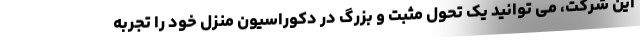
این شرکت، می توانید یک تحول مثبت و بزرگ در دکوراسیون منزل خود را تجربه